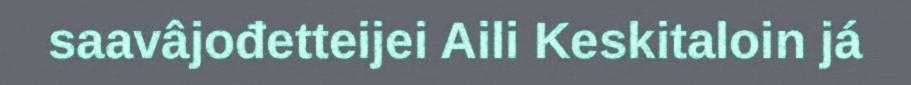
saavâjođetteijei Aili Keskitaloin já